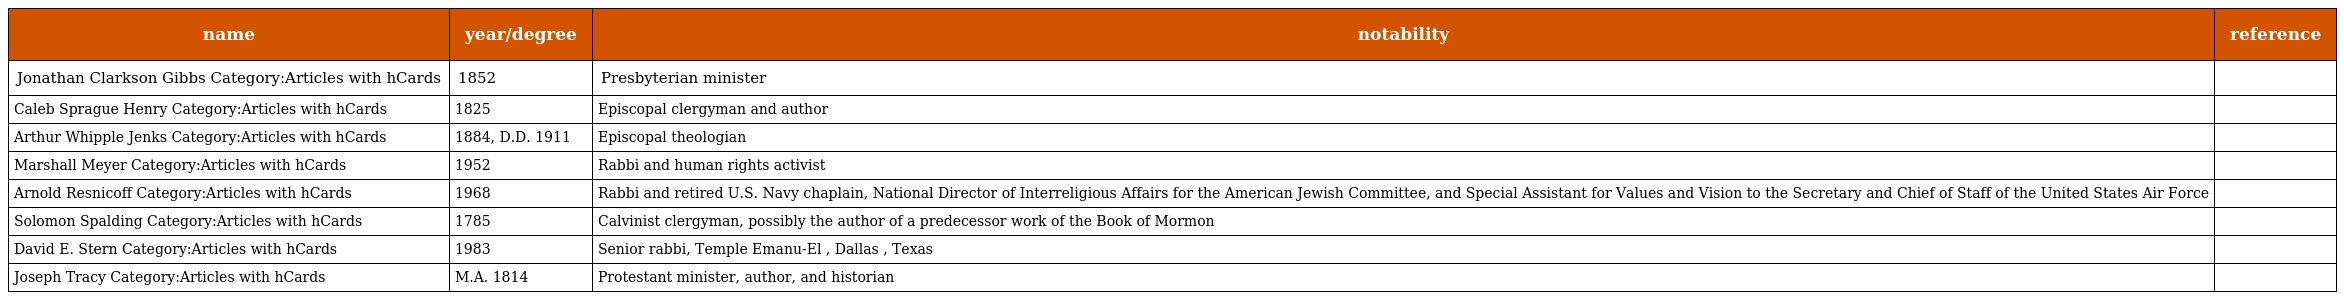
| name | year/degree | notability | reference |
 | --- | --- | --- | --- |
 | Jonathan Clarkson Gibbs Category:Articles with hCards | 1852 | Presbyterian minister |  |
 | Caleb Sprague Henry Category:Articles with hCards | 1825 | Episcopal clergyman and author |  |
 | Arthur Whipple Jenks Category:Articles with hCards | 1884, D.D. 1911 | Episcopal theologian |  |
 | Marshall Meyer Category:Articles with hCards | 1952 | Rabbi and human rights activist |  |
 | Arnold Resnicoff Category:Articles with hCards | 1968 | Rabbi and retired U.S. Navy chaplain, National Director of Interreligious Affairs for the American Jewish Committee, and Special Assistant for Values and Vision to the Secretary and Chief of Staff of the United States Air Force |  |
 | Solomon Spalding Category:Articles with hCards | 1785 | Calvinist clergyman, possibly the author of a predecessor work of the Book of Mormon |  |
 | David E. Stern Category:Articles with hCards | 1983 | Senior rabbi, Temple Emanu-El , Dallas , Texas |  |
 | Joseph Tracy Category:Articles with hCards | M.A. 1814 | Protestant minister, author, and historian |  |